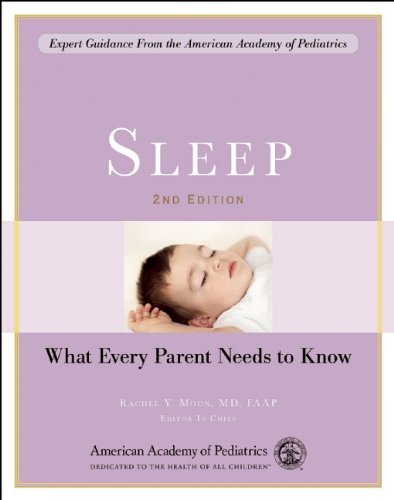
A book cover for Sleep: What Every Parent Needs to Know; The American Academy of Pediatrics; Health, Fitness & Dieting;